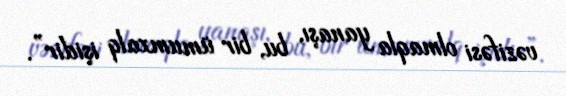
vəzifəsi olmaqla yanaşı, bu, bir ümumxalq işidir”.